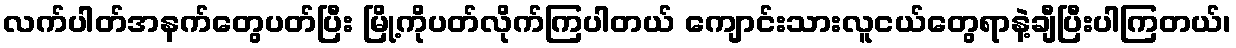
လက်ပါတ်အနက်တွေပတ်ပြီး မြို့ကိုပတ်လိုက်ကြပါတယ် ကျောင်းသားလူငယ်တွေရာနဲ့ချီပြီးပါကြတယ်၊